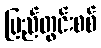
ပြည်တွင်းစစ်